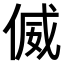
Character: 𠋘